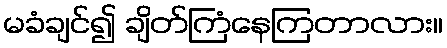
မခံချင်၍ ချိတ်ကြံနေကြတာလား။